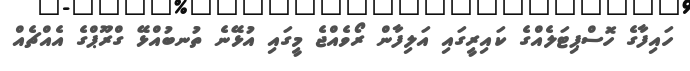
ހައިފާގެ ހޮސްޕިޓަލެއްގެ ކައިރީގައި އަލިފާން ރޯވެއްޖެ މީގައި އުޅޭނެ ތުނބުއްޅޭ ގްރޫޕްގެ އެއްޗެއް